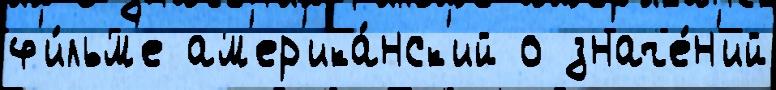
ф'и́льм'е ам'ер'ика́нск'ий о значе́н'ий